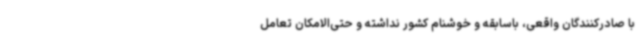
با صادرکنندگان واقعی، باسابقه و خوشنام کشور نداشته و حتی‌الامکان تعامل